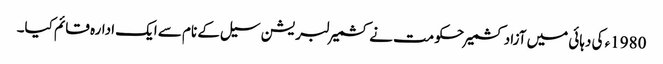
1980ء کی دہائی میں آزادکشمیر حکومت نے کشمیر لبریشن سیل کے نام سے ایک ادارہ قائم کیا۔